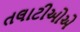
તલાટીઓએ